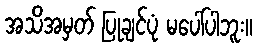
အသိအမှတ် ပြုချင်ပုံ မပေါ်ပါဘူး။